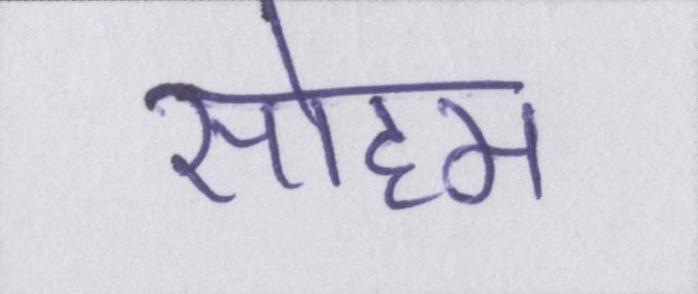
सोहम